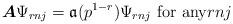
LaTeX: \begin{align*}\boldsymbol{A}\Psi_{rnj}=\mathfrak{a}(p^{1-r})\Psi_{rnj}\text{ for any}rnj \end{align*}